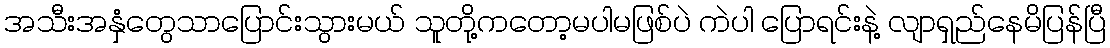
အသီးအနှံတွေသာပြောင်းသွားမယ် သူတို့ကတော့မပါမဖြစ်ပဲ ကဲပါ ပြောရင်းနဲ့ လျာရှည်နေမိပြန်ပြီ